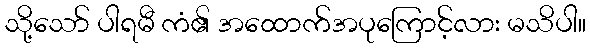
သို့သော် ပါရမီ ကံ၏ အထောက်အပုကြောင့်လား မသိပါ။